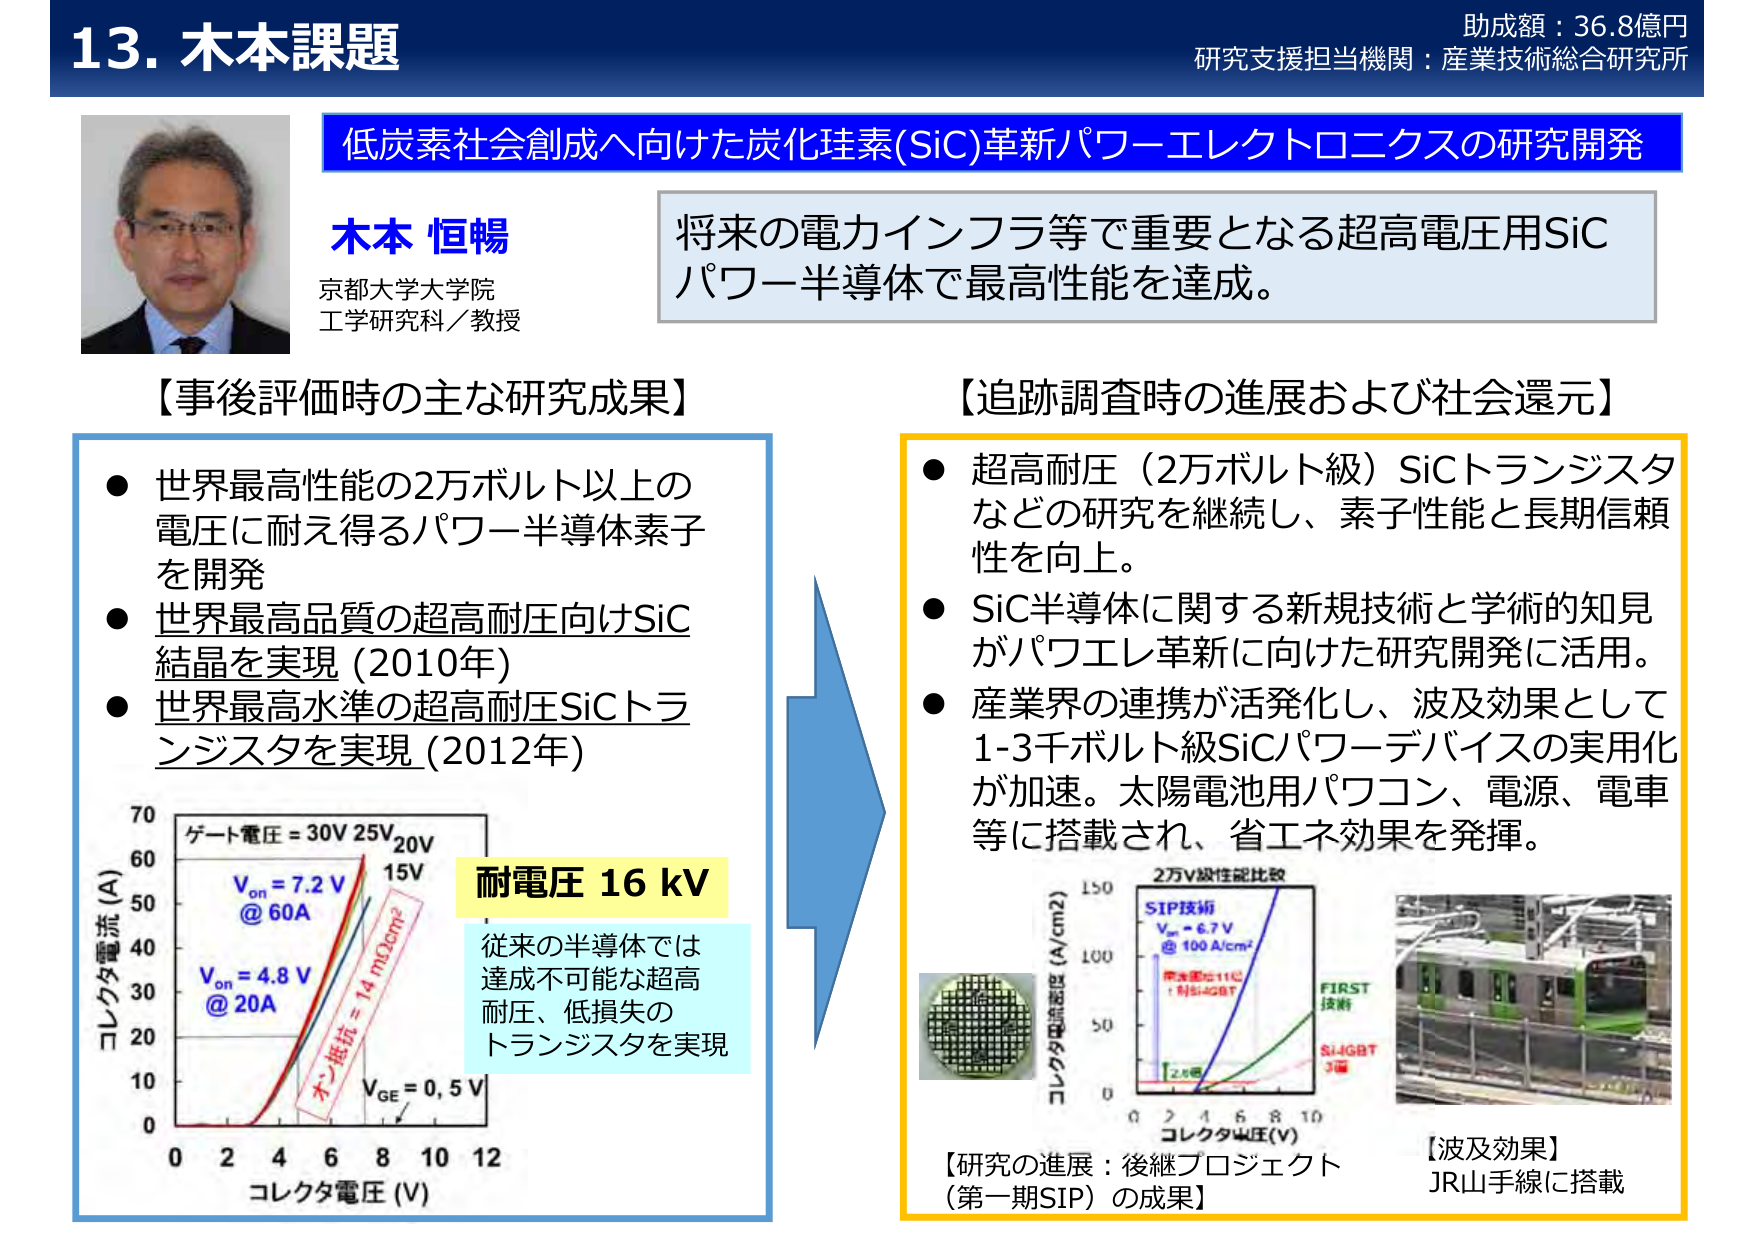
13. 木本課題
助成額：36.8億円
研究支援担当機関：産業技術総合研究所

低炭素社会創成へ向けた炭化珪素(SiC)革新パワーエレクトロニクスの研究開発

木本 恒暢
京都大学大学院
工学研究科／教授

将来的電力インフラ等で重要となる超高電圧用SiC
パワー半導体で最高性能を達成。

【事後評価時の主な研究成果】
● 世界最高性能の2万ボルト以上の
電圧に耐え得るパワー半導体素子
を開発
● 世界最高品質の超高耐圧向けSiC
結晶を実現 (2010年)
● 世界最高水準の超高耐圧SiCトランジスタを実現 (2012年)

【追跡調査時の進展および社会還元】
● 超高耐圧（2万ボルト級）SiCトランジスタ
などの研究を継続し、素子性能と長期信頼性を向上。
● SiC半導体に関する新規技術と学術的知見
がパワエレ革新に向けた研究開発に活用。
● 産業界の連携が活発化し、波及効果として
1-3千ボルト級SiCパワーデバイスの実用化
が加速。太陽電池用パワコン、電源、電車
等に搭載され、省エネ効果を発揮。

【研究の進展：後継プロジェクト
（第一期SIP）の成果】

【波及効果】
JR山手線に搭載

グラフ内テキスト（左下）：
ゲート電圧 = 30V 25V 20V 15V
V_on = 7.2 V @ 60A
V_on = 4.8 V @ 20A
オン抵抗 = 14 mΩcm²
V_GE = 0, 5 V
コレクタ電流 (A)
コレクタ電圧 (V)
0 2 4 6 8 10 12
0 10 20 30 40 50 60 70

黄色背景テキスト：
耐電圧 16 kV

青背景テキスト：
従来の半導体では
達成不可能な超高
耐圧、低損失の
トランジスタを実現

右側グラフ内テキスト：
2万V級性能比較
SIP技術
V_on = 6.7 V
@ 100 A/cm²
常光圧比11倍
: 旧Si-IGBT
FIRST
技術
Si-IGBT
3倍
コレクタ電流密度 (A/cm²)
0 50 100 150
コレクタ電圧 (V)
0 2 4 6 8 10
2.6倍